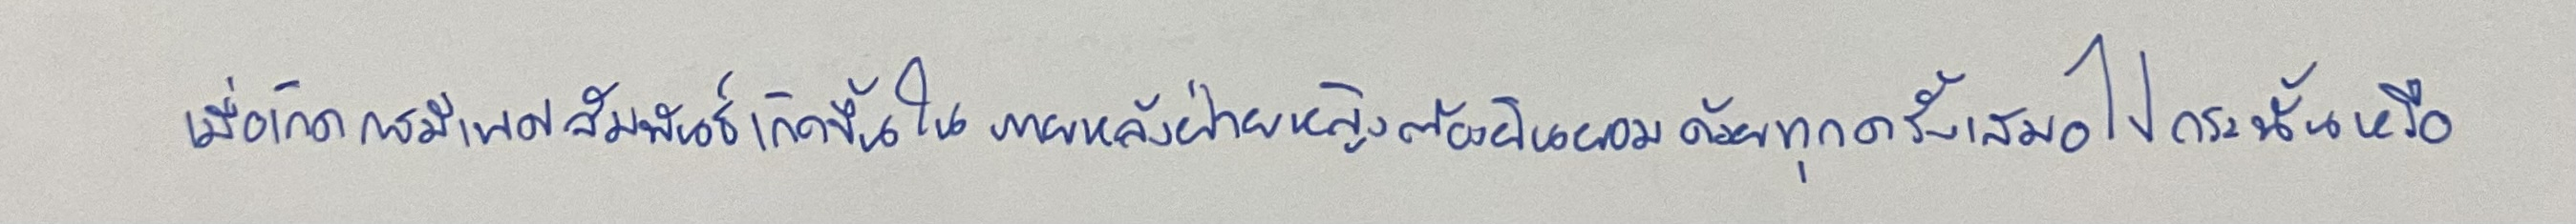
เมื่อเกิดการมีเพศสัมพันธ์เกิดขึ้นในภายหลังฝ่ายหญิงต้องยินยอมด้วยทุกครั้งเสมอไปกระนั้นหรือ